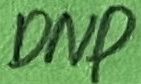
Text: DNP